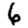
Digit: 6